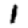
Digit: 1